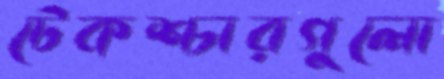
টেকশ্চারগুলো